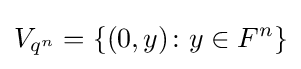
V_{q^{n}}=\{(0,y)\colon y\in F^{n}\}